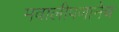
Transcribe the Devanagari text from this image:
मवालीपणानेच